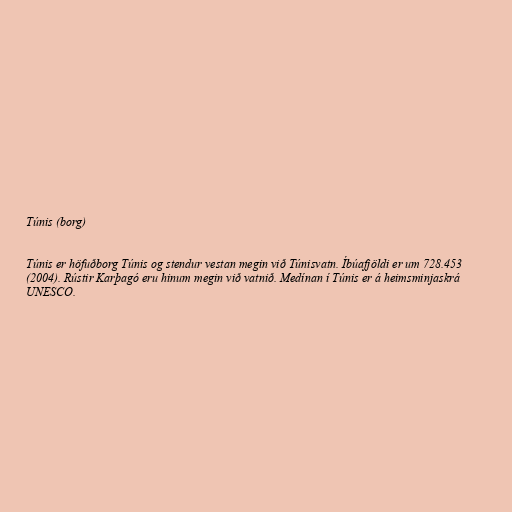
Túnis (borg)

Túnis er höfuðborg Túnis og stendur vestan megin við Túnisvatn. Íbúafjöldi er um 728.453
(2004). Rústir Karþagó eru hinum megin við vatnið. Medínan í Túnis er á heimsminjaskrá
UNESCO.